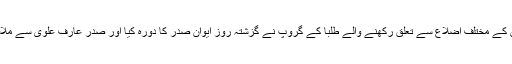
بلوچستان کے مختلف اضلاع سے تعلق رکھنے والے طلبا کے گروپ نے گزشتہ روز ایوان صدر کا دورہ کیا اور صدر عارف علوی سے ملاقات کی۔